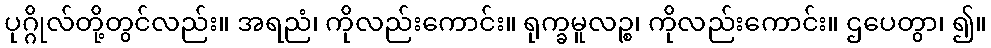
ပုဂ္ဂိုလ်တို့တွင်လည်း။ အရညံ၊ ကိုလည်းကောင်း။ ရုက္ခမူလဉ္စ၊ ကိုလည်းကောင်း။ ဌပေတွာ၊ ၍။